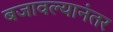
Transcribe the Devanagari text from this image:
बजावल्यानंतर